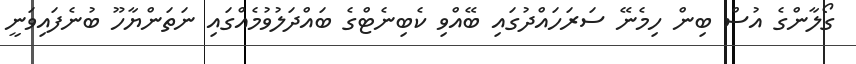
ގޯލާންގެ އުސް ބިން ހިމެނޭ ސަރަހައްދުގައި ބޭއްވި ކެބިނެޓްގެ ބައްދަލުވުމެއްގައި ނަތަންޔާހޫ ބުނެފައިވަނީ